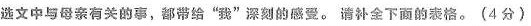
文中与母亲有关的事，部带给“我”深刻的感受。请补全下面的表格。(4分)